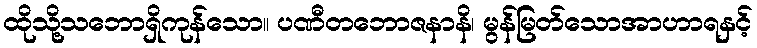
ထိုသို့သဘောရှိကုန်သော။ ပဏီတဘောဇနာနိ၊ မွန်မြတ်သောအာဟာရနှင့်